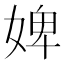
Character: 婢